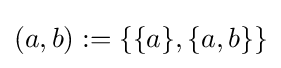
(a,b):=\{\{a\},\{a,b\}\}